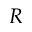
R